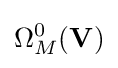
\Omega _{M}^{0}(\mathbf {V} )